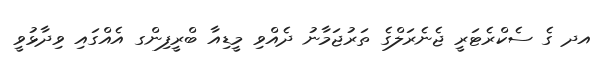
އދ ގެ ސެކްރެޓަރީ ޖެނެރަލްގެ ތަރުޖަމާނު ދެއްވި މީޑިއާ ބްރީފިންގ އެއްގައި ވިދާޅުވީ